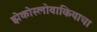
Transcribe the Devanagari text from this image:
झेकोस्लोवाकियाचा